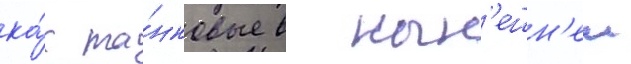
ка́к та́нковые в нын'ешн'еи